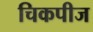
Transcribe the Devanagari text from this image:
चिकपीज